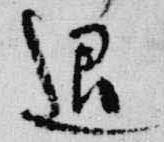
退